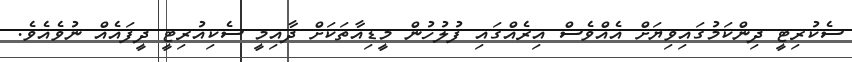
ސެކުރިޓީ ދިންކަމުގައިވިޔަށް އެއްވެސް އިރެއްގައި ފުލުހުން މީޑިއާތަކަށް ދާއިމީ ސެކިއުރިޓީ ދީފައެއް ނުވެއެވެ.